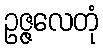
ဥဇ္ဇလေတုံ